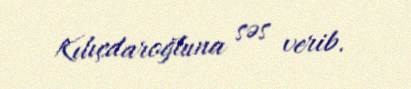
Kılıçdaroğluna səs verib.